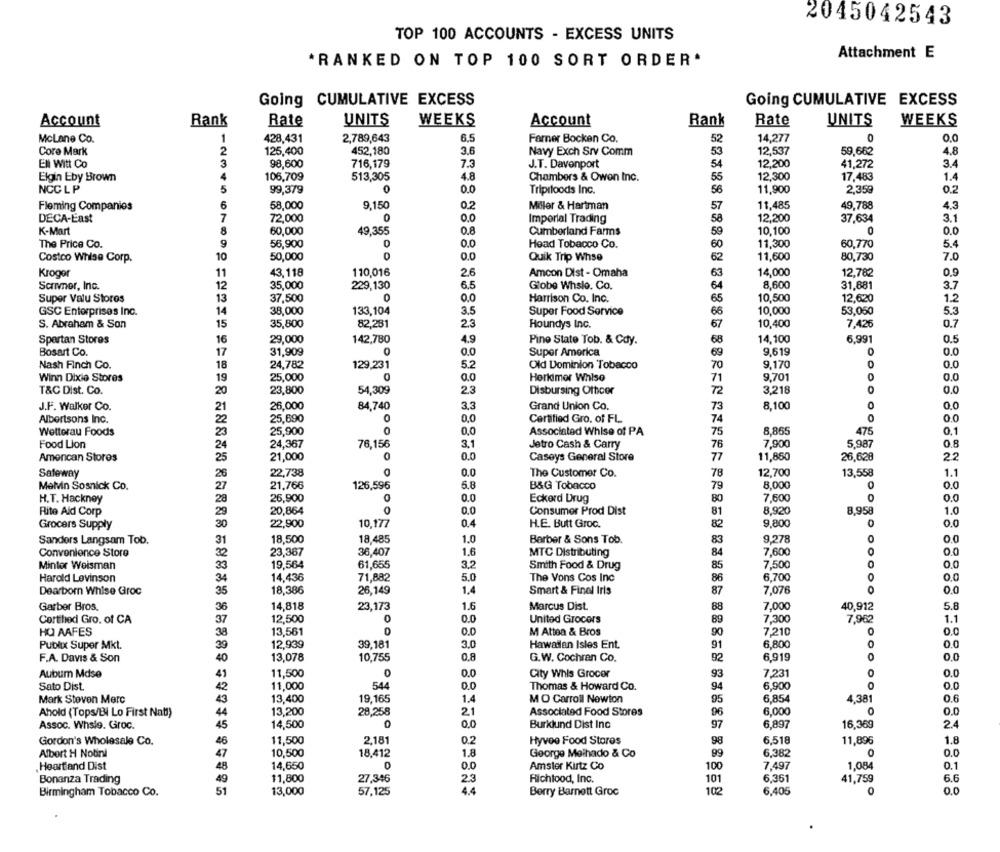
2045042543
TOP 100 ACCOUNTS - EXCESS UNITS
Attachment E
*RANKED ON TOP 100 SORT ORDER*
Going CUMULATIVE EXCESS
Going CUMULATIVE EXCESS
Account
Rank
Rate
UNITS
WEEKS
Account
Rank
Rate
UNITS
WEEKS
1
2,789,643
6.5
14,277
0
0.0
McLane Co.
428,431
Farner Bocken Co.
52
Core Mark
2
125,400
452,180
3.6
Navy Exch Srv Comm
53
12,537
59,662
4.8
3
12,200
3.4
EN Witt Co
98,600
716,179
7.3
J.T. Davenport
54
41,272
Elgin Eby Brown
4
106,709
513,305
4.8
Chambers & Owen Inc.
55
12,300
17,483
1.4
NCC L P
5
0
0.0
11,900
0.2
99,379
Tripiloods Inc.
56
2,359
Fleming Companies
6
58,000
9,150
0.2
Miller & Hartman
11,485
49,788
4,3
57
DECA-East
7
72,000
0
0,0
Imperial Trading
58
12,200
37,634
3.1
K-Mart
8
60,000
49,355
0.8
Cumberland Farms
10,100
0
0.0
59
The Price Co.
9
56,900
0
0.0
Head Tobacco Co.
60
11,300
60,770
5.4
10
50,000
0
0.0
62
11,600
80,730
7.0
Costco Whise Corp.
Quik Trip Whse
Kroger
43,118
110,016
26
Amcon Dist - Omaha
63
14,000
12,782
0.9
11
Sermer, Inc.
12
35,000
229,130
6.5
Globe Whsle. Co.
64
8,600
31,881
3.7
Super Valu Stores
13
37,500
0
0.0
Harrison Co. Inc.
65
10,500
12,620
1.2
GSC Enterprises Inc.
14
38,000
133,104
3.5
Super Food Service
66
10,000
53,050
5.3
S. Abraham & Son
15
35,800
82,281
Houndys Inc.
67
10,400
7,426
0.7
23
Spartan Stores
16
29,000
142,780
4.9
Pino State Tob. & Cdy.
68
14,100
6,991
0.5
9,619
0
Bosart Co.
17
31,909
Super America
69
Nash Finch Co.
18
24,782
129,231
5.2
Old Dominion Tobacco
70
9,170
0.0
25,000
Winn Dixie Stores
19
0.0
Herkimer Whiso
71
9,701
0.0
T&C Dist. Co.
20
23,800
54,309
23
Disbursing Officer
72
3,218
0
0.0
J.F. Walker Co.
21
26,000
84,740
3.3
Grand Union Co.
73
8,100
0
0.0
Albertsons Inc.
25,690
0
0,0
Certified Gro. of FL
74
OO
O.
22
Wetterau Foods
23
25,900
0,0
Associated Whise of PA
75
8,865
475
0.1
Food Lion
24,367
76,156
Jetro Cash & Carry
76
7,900
5,987
0.8
24
3.1
Amencan Stores
25
21,000
0.0
Caseys General Store
77
11,850
26,628
2.2
Safeway
26
22,738
0.0
The Customer Co.
78
12,700
13,558
1.1
Melvin Sosnick Co.
21,766
126,596
5.8
B&G Tobacco
79
8,000
0.0
27
H.T. Hackney
28
26,900
0.0
Eckerd Drug
80
7,600
Rite Ald Corp
20,864
0.0
Consumer Prod Dist
81
8,920
8,958
ROOF
1.0
29
Grocers Supply
30
22,900
10,177
0.4
H.E. Butt Groc.
82
9,800
0
0.0
1.0
0
Sanders Langsam Tob.
31
18,500
18,485
Barber & Sons Tob.
83
9,278
0.0
Convenience Store
32
23,367
36,407
1.6
MTC Distributing
84
7.600
0.0
19,564
61,655
3.2
7.500
0
0.0
Mintor Weisman
33
Smith Food & Drug
85
Harold Levinson
34
14,436
71,882
5.0
The Vons Cos Inc
86
6,700
0.0
0
0.0
Dearborn Whise Groc
35
18,386
26,149
1.4
Smart & Final Iris
87
7,076
14,818
Marcus Dist.
40,912
5.8
Garber Bros.
36
23,173
1.6
88
7,000
Corthod Gro. of CA
37
12,500
0
0.0
United Grocers
89
7,300
7,962
1.1
HO AAFES
13,561
0.0
M Attea & Bros
90
7,210
O
0.0
38
Publix Super Mkt.
39
12,939
39,181
3.0
Hawaiian Isles Ent.
91
6.800
0.0
F.A. Davis & Son
13,078
10,755
0.8
G.W. Cochran Co.
6,919
0
0.0
40
92
Aubum Mdse
41
11,500
0
0.0
City Whis Grocer
93
7,231
0
0.0
Sato Dist.
42
11,000
544
D.C
Thomas & Howard Co.
94
6,900
0
0.0
Mark Steven Merc
43
13,400
19,165
1.4
MO Carroll Newton
6,854
4,381
0.6
95
Ahold (Tops/Bi Lo First Nat)
44
13,200
28,258
21
Associated Food Stores
96
6,000
O
0.0
Assoc. Whsig. Groc.
45
14,500
0
0.0
Burklund Dist Inc
97
6,897
16,369
2.4
Gordon's Wholesale Co.
46
11,500
2,181
0.2
Hyvee Food Stores
98
6,518
11,896
1.8
Albert H Notini
47
10,500
18,412
1.8
George Molhado & Co
99
6.382
0.0
Heartland Dist
48
14,650
Amster Kirtz Co
100
7,497
1,084
0.1
6.6
Bonanza Trading
49
11,800
27,346
2.3
Richtood, Inc.
101
6.361
41,759
Birmingham Tobacco Co.
51
13,000
57,125
4.4
Berry Barnett Groc
102
6,405
0
0.0